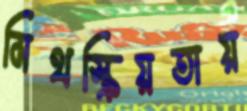
মিথস্ক্রিয়তায়